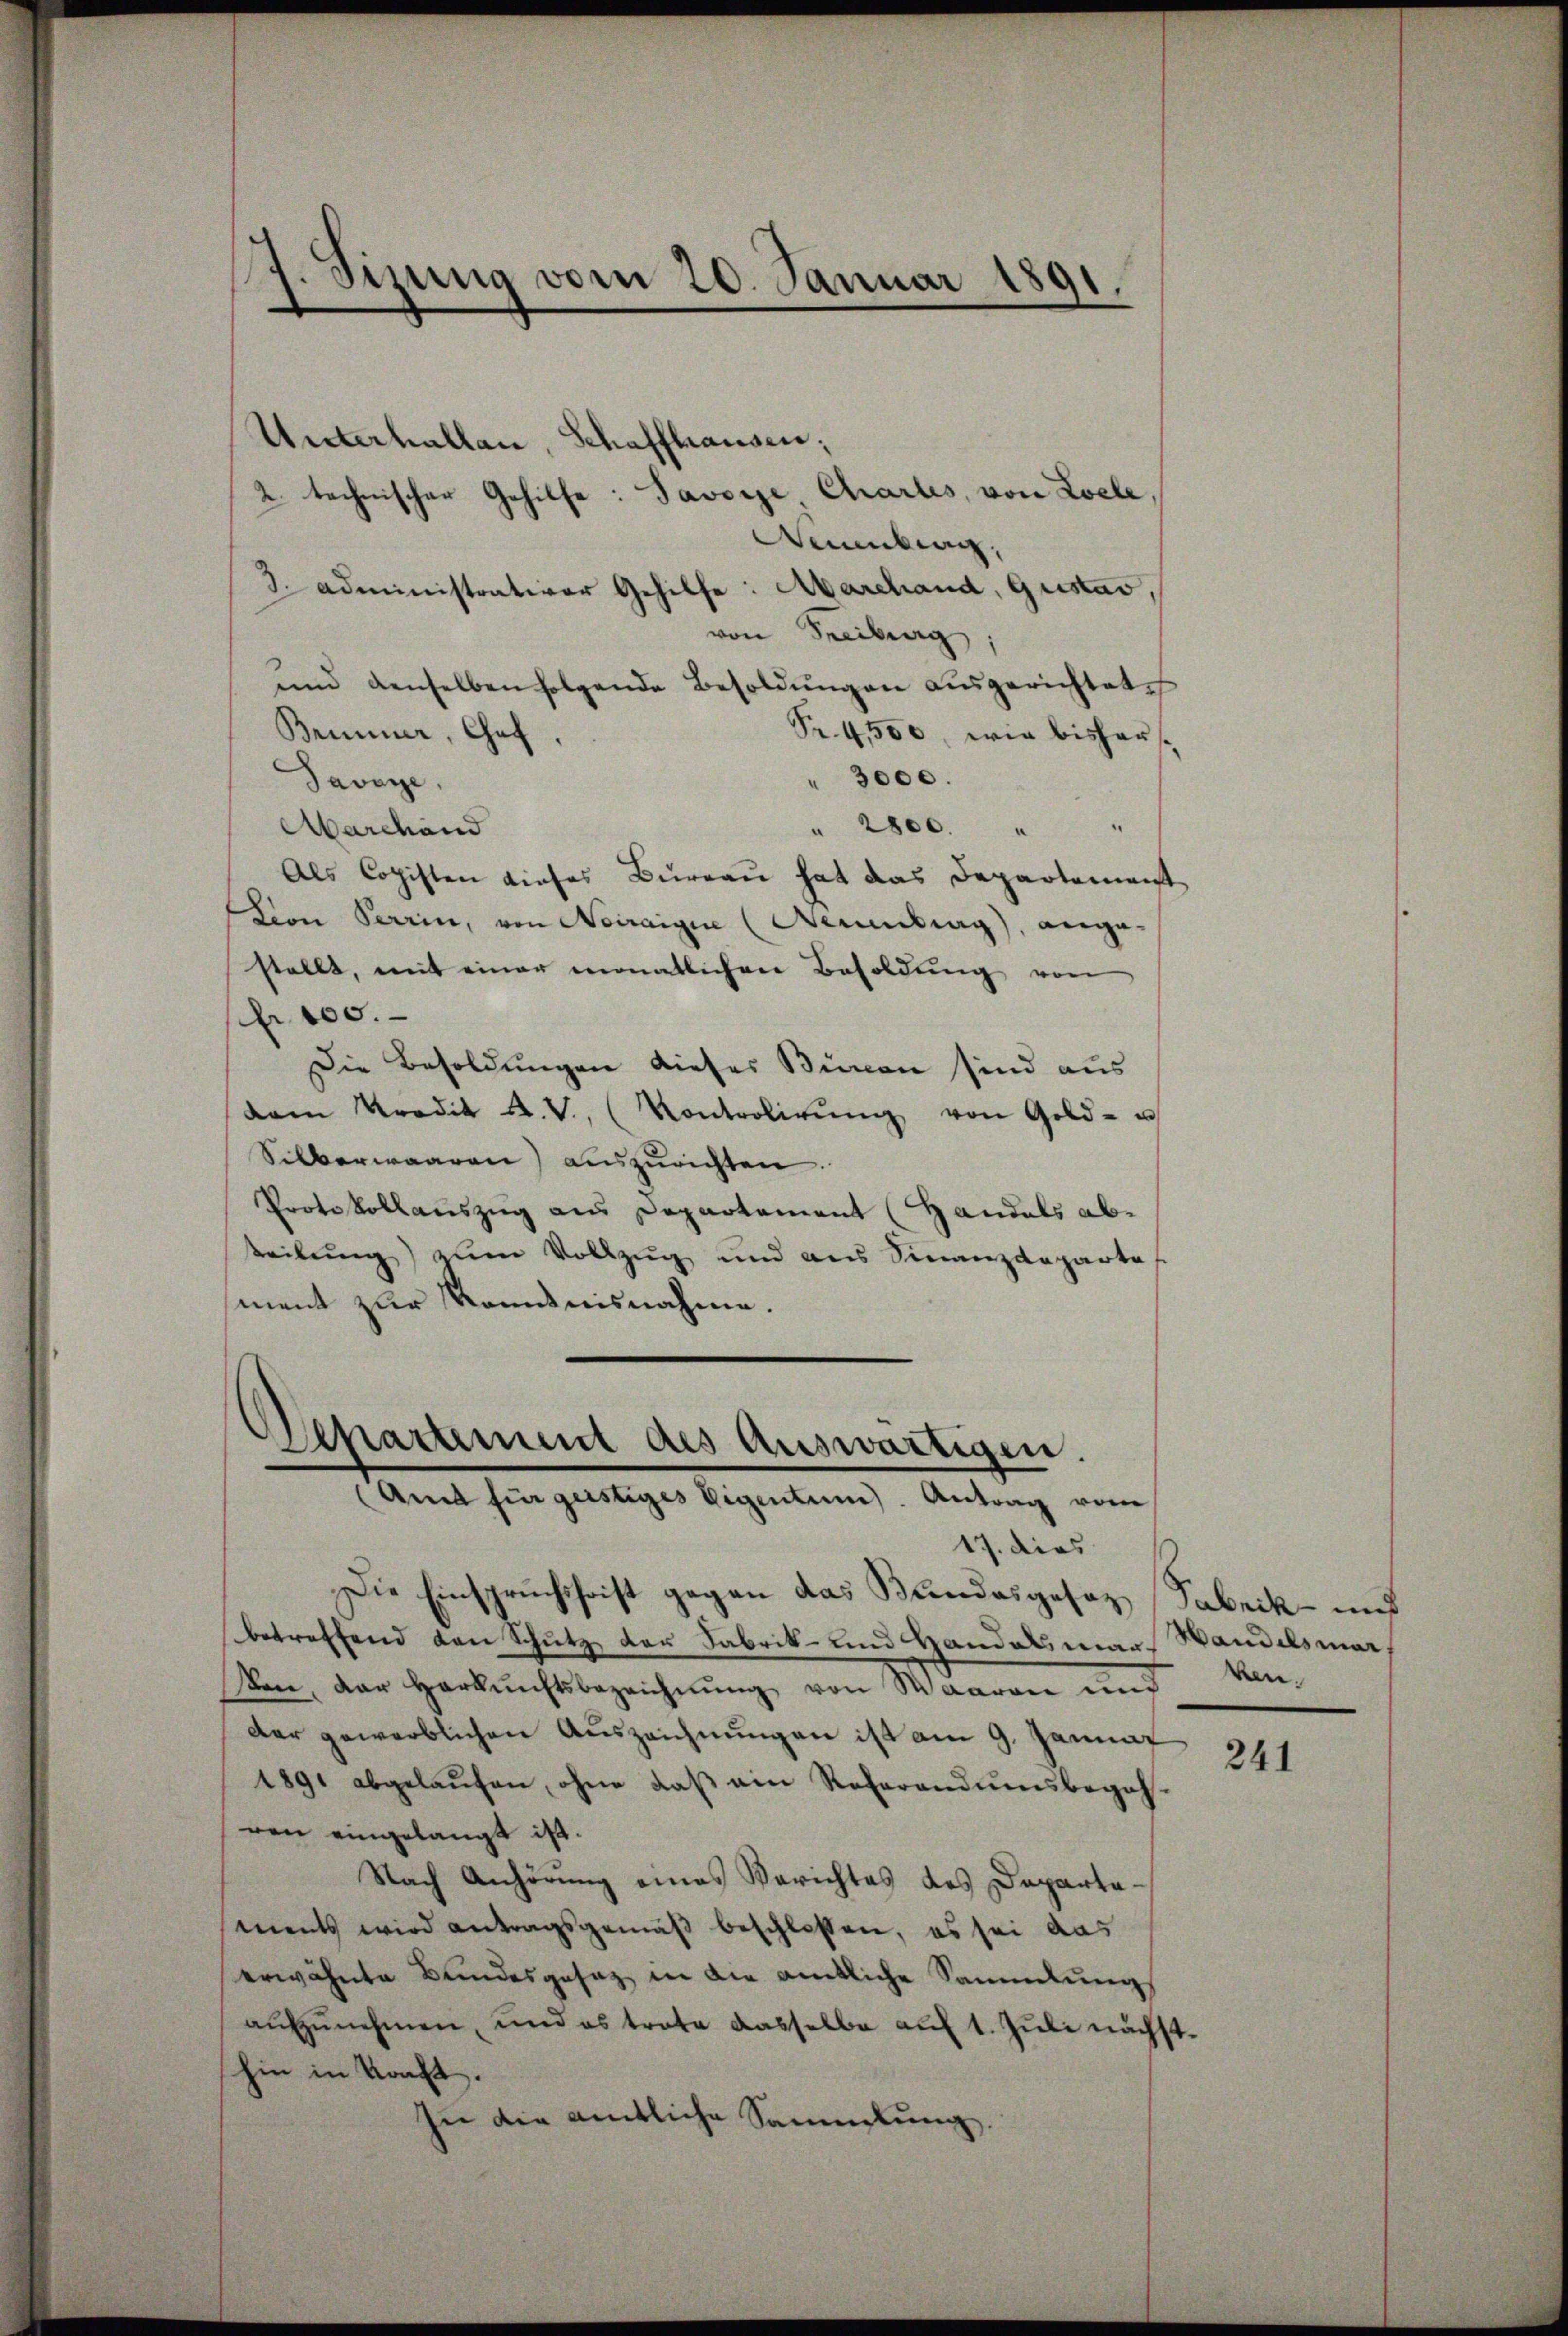
J. Sizung vom 20. Januar 1891
.

Unterhallan, Schaffhausen,
2. technischer Gehilfe: Javozze Chartes, von Loele,
Weinkung,
3. Administrativer Gehilfe: Marchand, Gustav,
von Freiburg
ŭnd denselben folgende Besoldŭngen ausgerichtete
Pr. 4,500, wie bishars.
Brunner, Chef,
" 3000.
Savoye
 2800.
.
Marchand
Als Copisten dieses Bureau hat das Departement
tion Perrin, von Neiraigne (Neuenburg), ange-
stellt, mit einer monatlichere Besoldung von
fr. 100.
Die Besoldungen dieses Burcan sind aus
dam Kredit u. V. Kontrolirŭng von Gold- u
Silberwaaren) auszurichten
Protokollauszug aus Departement (Handels abtteilung) zum Vollzug und aus Finanzdepartes
ment zur Kenntnisnahme.

¬
Departement des Auswärtigen.
Amt für geistiges Eigentum). Antrag vom

17. dies
Die Einspruchschrist gegen das Bundesgesez Sabrik- und
betreffend den Schutz der Fabrik- und Handelsman Wandelsmar,
sen, der Harnichtsbezeichnung von Waaren und
der gewerblichen Auszeichnungen ist am 9. Januar
1891 abgelaŭfen, ohne daβ ein Referandumsbegeh-
ren eingelangt ist.
Nach Anhörung eines Berichtes des Departaments wird antragsgemäß beschlossen, es sei das
erwähnte Bundesgesag in die amtliche Sammlungs
aufzunehmen, und es trate dasselbe auf 1. Juli nächsthin in Kraft.
In die amtliche Sammlung

en.

241